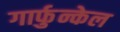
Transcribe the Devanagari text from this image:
गार्फुन्केल